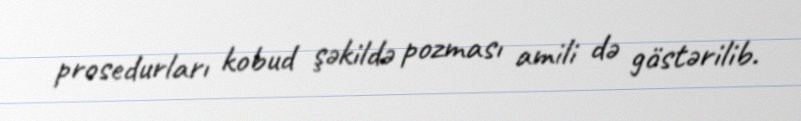
prosedurları kobud şəkildə pozması amili də göstərilib.